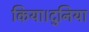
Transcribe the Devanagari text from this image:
किया।दुनिया